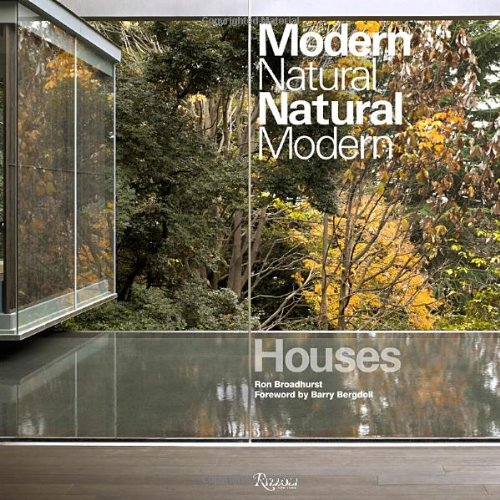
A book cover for Houses: Modern Natural/Natural Modern; Ron Broadhurst; Arts & Photography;